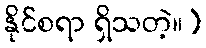
နိုင်စရာ ရှိသတဲ့။)